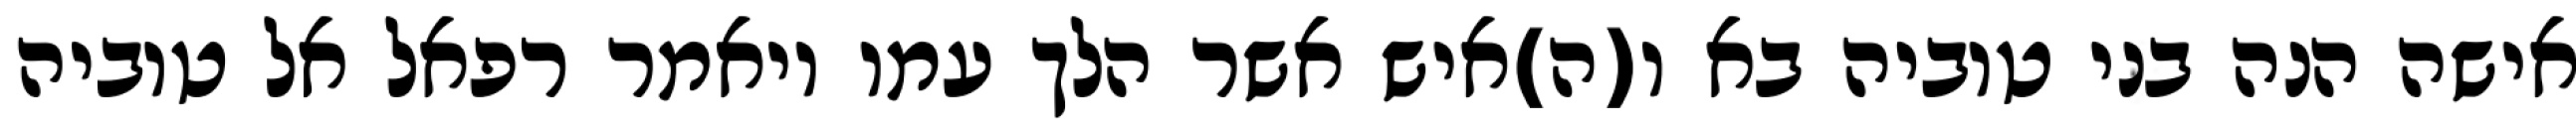
אישה הנה בני טוביה בא ו(ה)איש אשר הלך עמו ויאמר רפאל אל טוביה